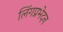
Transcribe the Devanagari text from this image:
लिंगप्रभेदन